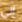
إلى